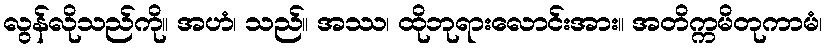
လွန်လိုသည်ကို။ အဟံ၊ သည်။ အဿ၊ ထိုဘုရားလောင်းအား။ အတိက္ကမိတုကာမံ၊